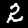
Label: 2